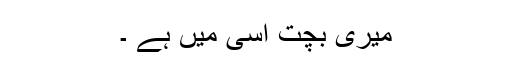
میری بچت اسی میں ہے ۔